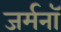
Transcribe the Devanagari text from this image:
जर्मनॉ